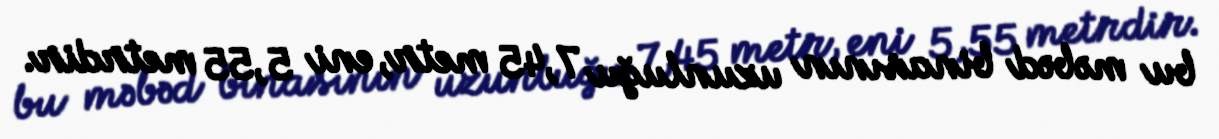
bu məbəd binasının uzunluğu 7,45 metr, eni 5,55 metrdir.